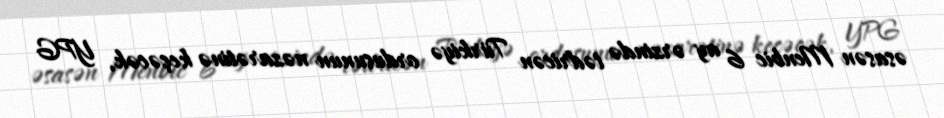
əsasən Menbic 6 ay ərzində tədricən Türkiyə ordusunun nəzarətinə keçəcək, YPG